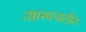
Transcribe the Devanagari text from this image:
उच्चस्वनातीत